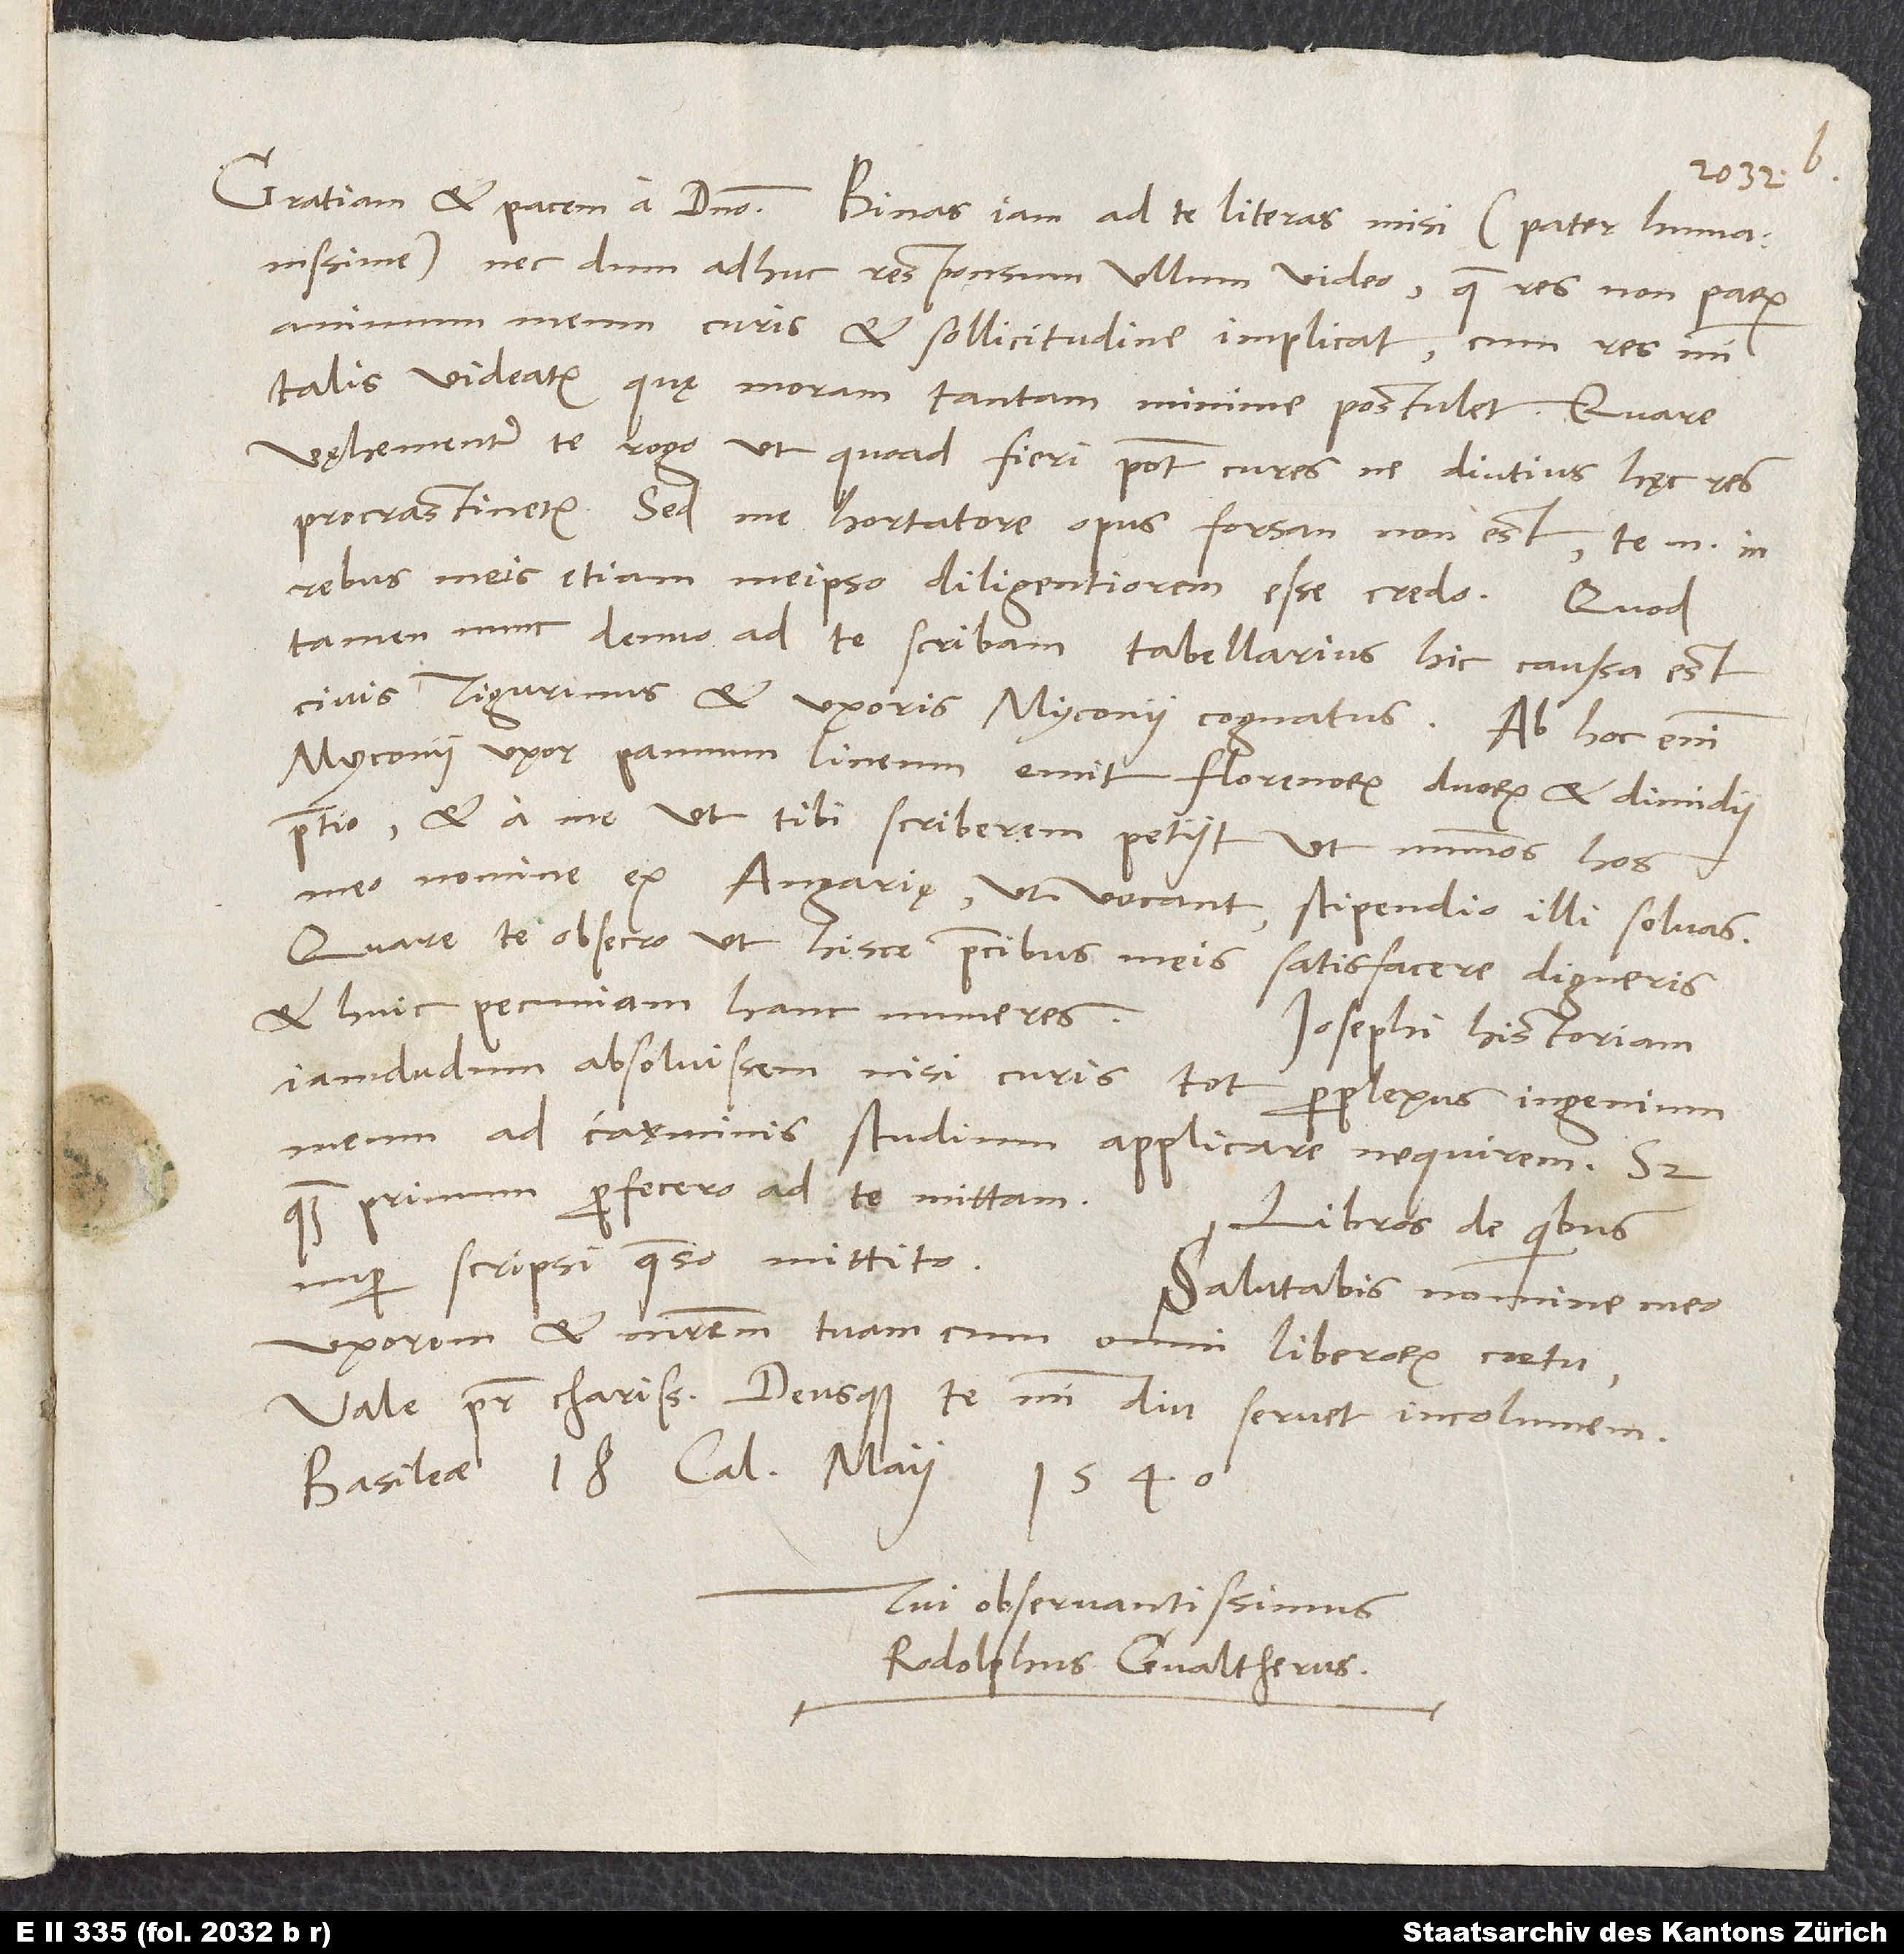
humanissime, nec dum adhuc responsum ullum video. Quae res non parum
animum meum curis et sollicitudine implicat, cum res mihi
talis videatur, quę moram tantam minime postulet.
vęhementer te rogo, ut, quoad fieri potest, cures, ne diutius hęc res
procrastinetur. Sed me hortatore opus forsan non est; te enim in
rebus meis etiam meipso diligentiorem esse credo.
tamen nunc denuo ad te scribam, tabellarius hic caussa est,
civis Tigurinus et uxoris Myconii cognatus. Ab hoc enim
Myconii uxor pannum lineum emit florenorum duorum et dimidii
pretio et a me, ut tibi scriberem, petiit, ut nummos hos
meo nomine ex angarię, ut vocant, stipendio illi solvas.
Quare te obsecro, ut hisce precibus meis satisfacere digneris
et huic pecuniam hanc numeres.
Iosephi historiam
iamdudum absolvissem, nisi curis tot perplexus ingenium
meum ad carminis studium applicare nequirem. Sed
quamprimum perfecero, ad te mittam.
Libros, de quibus
nuper scripsi, quaeso, mittito.
Salutabis nomine meo
uxorem et matrem tuam cum omni liberorum coetu.
Vale, pater charissime, deusque te mihi diu servet incolumem.
Basileae, 18. calendis maii 1540.
Tuus observantissimus
Rodolphus Gvaltherus.